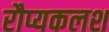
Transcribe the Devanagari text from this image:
रौप्यकलश